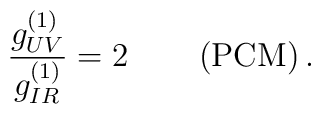
\frac{g_{UV}^{(1)}}{g_{IR}^{(1)}}=2\qquad \left( \mbox{PCM}\right) .